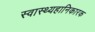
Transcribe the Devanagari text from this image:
स्वास्थ्यहानिकारक